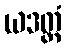
ယဒတ္ထံ